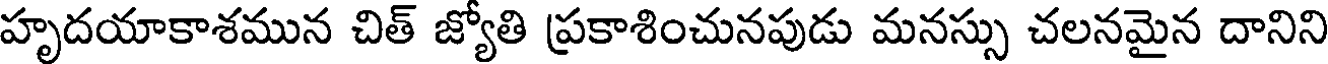
హృదయాకాశమున చిత్ జ్యోతి ప్రకాశించునపుడు మనస్సు చలనమైన దానిని